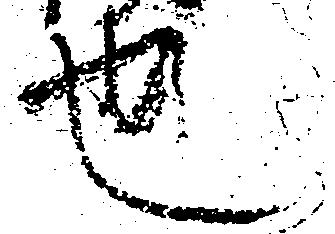
也